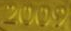
2009